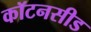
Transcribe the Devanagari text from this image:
कॉटनसीड